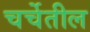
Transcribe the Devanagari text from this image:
चर्चेतील